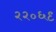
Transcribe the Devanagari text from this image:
२२०६९